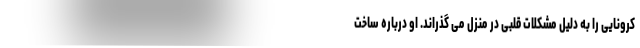
کرونایی را به دلیل مشکلات قلبی در منزل می گذراند. او درباره ساخت